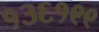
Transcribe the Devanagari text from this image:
१३६१९९